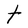
Character: t